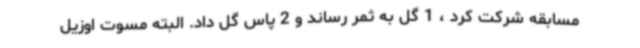
مسابقه شرکت کرد ، 1 گل به ثمر رساند و 2 پاس گل داد. البته مسوت اوزیل